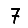
Digit: 7